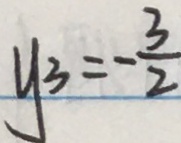
y _ { 3 } = - \frac { 3 } { 2 }